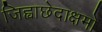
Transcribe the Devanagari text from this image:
जिह्वाछेदाक्षमो